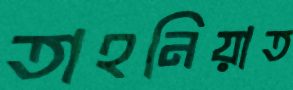
তাহনিয়াত